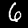
Label: 6